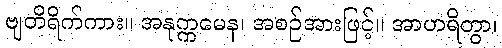
ဗျတိရိက်ကား။ အနုက္ကမေန၊ အစဉ်အားဖြင့်။ အာဟရိတွာ၊